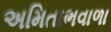
અમિતાભવાળા